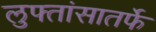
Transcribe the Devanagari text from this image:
लुफ्तांसातर्फे